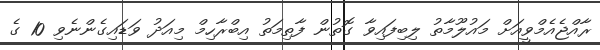
ރާއްޖެއެމްވީއަށް މައުލޫމާތު ލިބިފައިވާ ގޮތުން ފާތިމަތު އިބްރާހިމް މިއަދު ވަޑައިގެންނެވި 10 ގެ